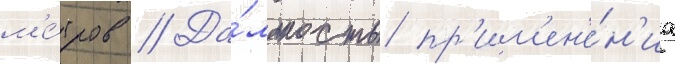
м'е́тров // Да́льность пр'им'ен'е́н'иа